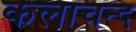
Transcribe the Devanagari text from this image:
कलाचन्द